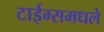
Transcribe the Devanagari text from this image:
टाईम्समधले